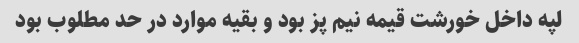
لپه داخل خورشت قیمه نیم پز بود و بقیه موارد در حد مطلوب بود